Leaving Certificate Examination, 1924
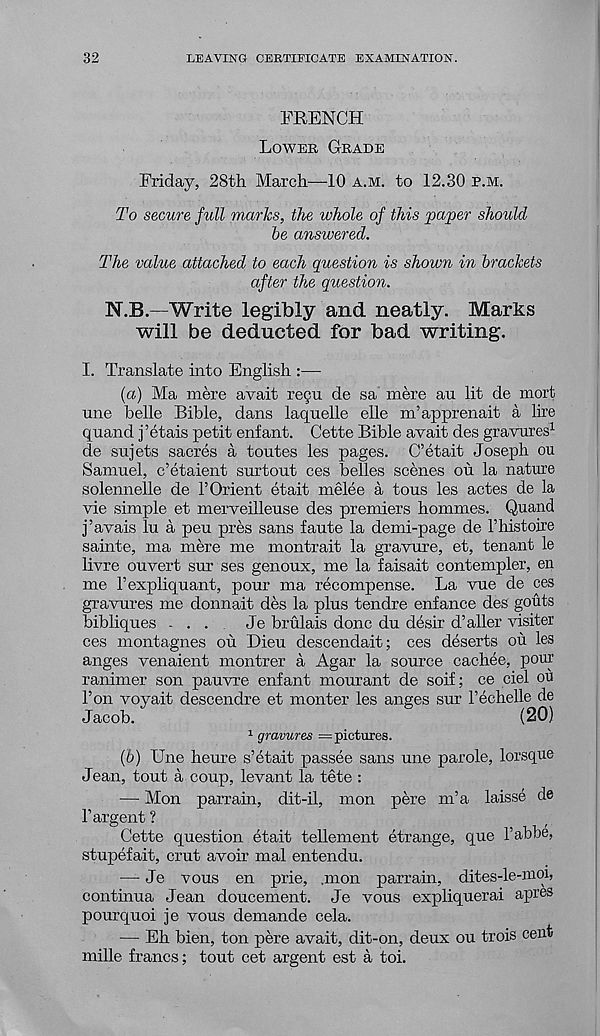
32
LEAVING CERTIFICATE EXAMINATION.
FRENCH
Lower Grade
Friday, 28th March—10 a.m. to 12.30 p.m.
To secure full marks, the whole of this paper should
be answered.
The value attached to each question is shown in brackets
after the question.
N.B.—Write legibly and neatly. Marts
will be deducted for bad writing.
I. Translate into English :—
(а) Ma mere avait regu de sa mere an lit de mort
une belle Bible, dans laquelle elle m’apprenait a lire
quand j’etais petit enfant. Cette Bible avait des gravures 1
de sujets sacres a toutes les pages. C’etait Joseph ou
Samuel, c’etaient surtout ces belles scenes ou la nature
solennelle de F Orient etait melee a tous les actes de la
vie simple et merveilleuse des premiers hommes. Quand
j’avais lu a peu pres sans faute la demi-page de Fhistoire
sainte, ma mere me montrait la gravure, et, tenant le
livre ouvert sur ses genoux, me la faisait contempler, en
me Fexpliquant, pour ma recompense. La vue de ces
gravures me donnait des la plus tendre enfance des gouts
bibliques ...
Je brulais done du desir d’aller visiter
ces montagnes on Dieu descendait; ces deserts ou les
anges venaient montrer a Agar la source cachee, pour
ranimer son pauvre enfant mourant de soif; ce ciel ou
Ton voyait descendre et monter les anges sur Fechelle de
Jacob.
(20)
1 gravures = pictures.
(б) Une heure s’etait passee sans une parole, lorsque
Jean, tout a coup, levant la tete :
— Mon parrain, dit-il, mon pere m’a laisse de
F argent ?
Cette question etait tellement etrange, que Fabbe,
stupefait, crut avoir mal entendu.
— Je vous en prie, .mon parrain, dites-le-nioi,
continua Jean doucement. Je vous expliquerai apres
pourquoi je vous demande cela.
— Eh bien, ton pere avait, dit-on, deux ou trois cent
mille francs; tout cet argent est a toi.